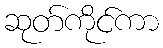
ဆုတ်ကိုင်ကာ